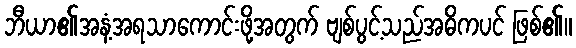
ဘီယာ၏အနံ့အရသာကောင်းဖို့အတွက် ဗျစ်ပွင့်သည်အဓိကပင် ဖြစ်၏။